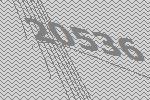
20536